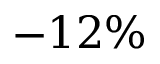
- 1 2 \%